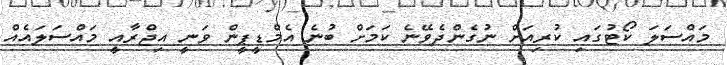
މައްސަލަ ކޯޓުގައި ކުރިއަށް ނުގެންދެވޭނެ ކަމަށް ބުނެ އެމްޑީޕީން ވަނީ އިޖްރާއީ މައްސަލައެއް